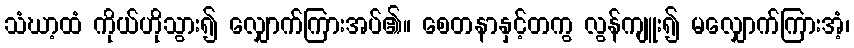
သံဃာ့ထံ ကိုယ်ဟိုသွား၍ လျှောက်ကြားအပ်၏။ စေတနာနှင့်တကွ လွန်ကျူး၍ မလျှောက်ကြားအံ့၊